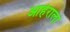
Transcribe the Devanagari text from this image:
आहेराला